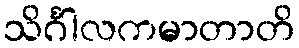
သိင်္ဂါလကမာတာတိ